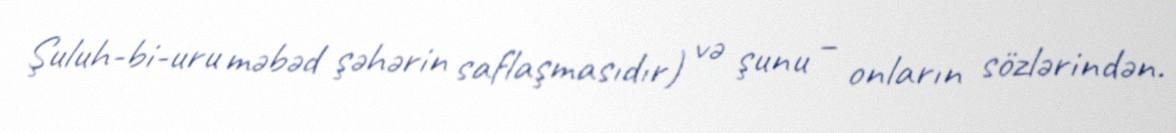
Şuluh-bi-uru məbəd şəhərin saflaşmasıdır) və şunu – onların sözlərindən.